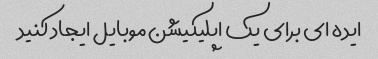
ایده ای برای یک اپلیکیشن موبایل ایجاد کنید